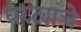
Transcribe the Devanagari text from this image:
घरट्यांचे